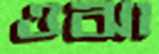
ওঝা